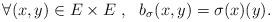
LaTeX: \begin{align*}\forall (x,y)\in E\times E\ , \ \ b_{\sigma} (x,y)=\sigma(x)(y).\end{align*}